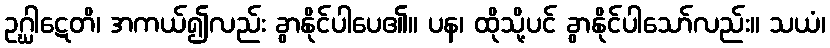
ဥဂ္ဃါဋေတိ၊ အကယ်၍လည်း ခွာနိုင်ပါပေ၏။ ပန၊ ထိုသို့ပင် ခွာနိုင်ပါသော်လည်း။ သယံ၊